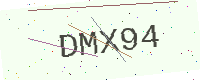
Text: DMX94